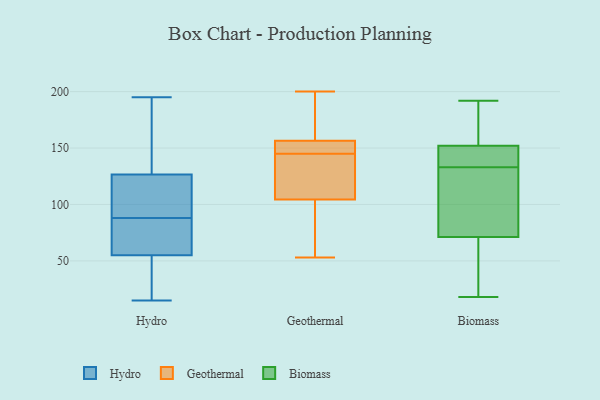
{"axis": {"x": "Temperature (°C)", "y": "Value"}, "legend": ["Biomass", "Geothermal", "Hydro"], "data": [{"x": "", "y": 33, "type": "Hydro"}, {"x": "", "y": 88, "type": "Hydro"}, {"x": "", "y": 70, "type": "Hydro"}, {"x": "", "y": 140, "type": "Hydro"}, {"x": "", "y": 30, "type": "Hydro"}, {"x": "", "y": 100, "type": "Hydro"}, {"x": "", "y": 162, "type": "Hydro"}, {"x": "", "y": 54, "type": "Hydro"}, {"x": "", "y": 58, "type": "Hydro"}, {"x": "", "y": 15, "type": "Hydro"}, {"x": "", "y": 195, "type": "Hydro"}, {"x": "", "y": 105, "type": "Hydro"}, {"x": "", "y": 128, "type": "Hydro"}, {"x": "", "y": 72, "type": "Hydro"}, {"x": "", "y": 122, "type": "Hydro"}, {"x": "", "y": 67, "type": "Geothermal"}, {"x": "", "y": 161, "type": "Geothermal"}, {"x": "", "y": 145, "type": "Geothermal"}, {"x": "", "y": 129, "type": "Geothermal"}, {"x": "", "y": 108, "type": "Geothermal"}, {"x": "", "y": 153, "type": "Geothermal"}, {"x": "", "y": 53, "type": "Geothermal"}, {"x": "", "y": 121, "type": "Geothermal"}, {"x": "", "y": 152, "type": "Geothermal"}, {"x": "", "y": 165, "type": "Geothermal"}, {"x": "", "y": 94, "type": "Geothermal"}, {"x": "", "y": 155, "type": "Geothermal"}, {"x": "", "y": 200, "type": "Geothermal"}, {"x": "", "y": 58, "type": "Biomass"}, {"x": "", "y": 136, "type": "Biomass"}, {"x": "", "y": 161, "type": "Biomass"}, {"x": "", "y": 192, "type": "Biomass"}, {"x": "", "y": 98, "type": "Biomass"}, {"x": "", "y": 75, "type": "Biomass"}, {"x": "", "y": 38, "type": "Biomass"}, {"x": "", "y": 135, "type": "Biomass"}, {"x": "", "y": 133, "type": "Biomass"}, {"x": "", "y": 153, "type": "Biomass"}, {"x": "", "y": 82, "type": "Biomass"}, {"x": "", "y": 18, "type": "Biomass"}, {"x": "", "y": 153, "type": "Biomass"}, {"x": "", "y": 57, "type": "Biomass"}, {"x": "", "y": 149, "type": "Biomass"}, {"x": "", "y": 175, "type": "Biomass"}, {"x": "", "y": 70, "type": "Biomass"}, {"x": "", "y": 106, "type": "Biomass"}, {"x": "", "y": 134, "type": "Biomass"}]}